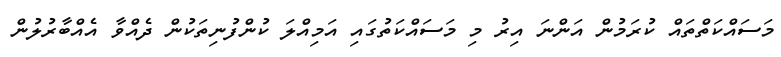
މަސައްކަތްތައް ކުރަމުން އަންނަ އިރު މި މަސައްކަތުގައި އަމިއްލަ ކުންފުނިތަކުން ދެއްވާ އެއްބާރުލުން